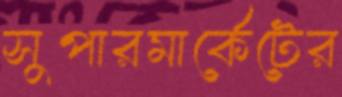
সুপারমার্কেটের